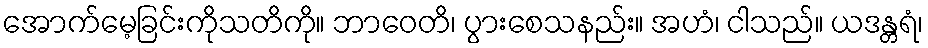
အောက်မေ့ခြင်းကိုသတိကို။ ဘာဝေတိ၊ ပွားစေသနည်း။ အဟံ၊ ငါသည်။ ယဒန္တရံ၊